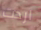
اردت